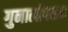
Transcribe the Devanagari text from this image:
गुनालॉगसन